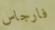
فارجاس